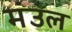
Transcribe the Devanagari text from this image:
मंउल